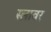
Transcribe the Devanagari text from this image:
स्लावर